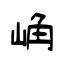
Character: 崅